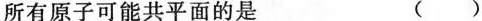
所有原子可能共平面的是 ( )